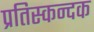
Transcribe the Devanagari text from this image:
प्रतिस्कन्दक